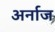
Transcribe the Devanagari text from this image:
अर्नाज